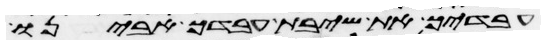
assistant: עבדיך את שיבת עבדך אבינו